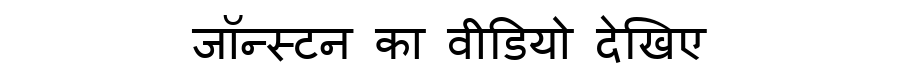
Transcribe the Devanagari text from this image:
जॉन्स्टन का वीडियो देखिए